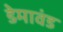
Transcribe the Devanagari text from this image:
डेमावंड